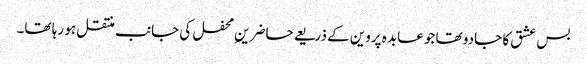
بس عشق کا جادو تھا جو عابدہ پروین کے ذریعے حاضرینِ محفل کی جانب منتقل ہو رہا تھا۔